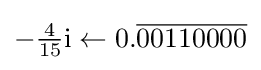
-{\tfrac {4}{15}}\mathrm {i} \gets 0.{\overline {00110000}}